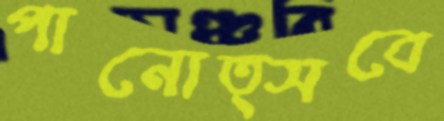
পানোত্সবে